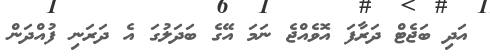
އަދި ބަޖެޓް ދަރާފަ އޮވެއްޖެ ނަމަ އޭގެ ބަދަލުގަ އެ ދަރަނި ފުއްދަން